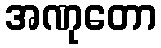
အဏုတော